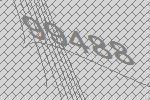
99488